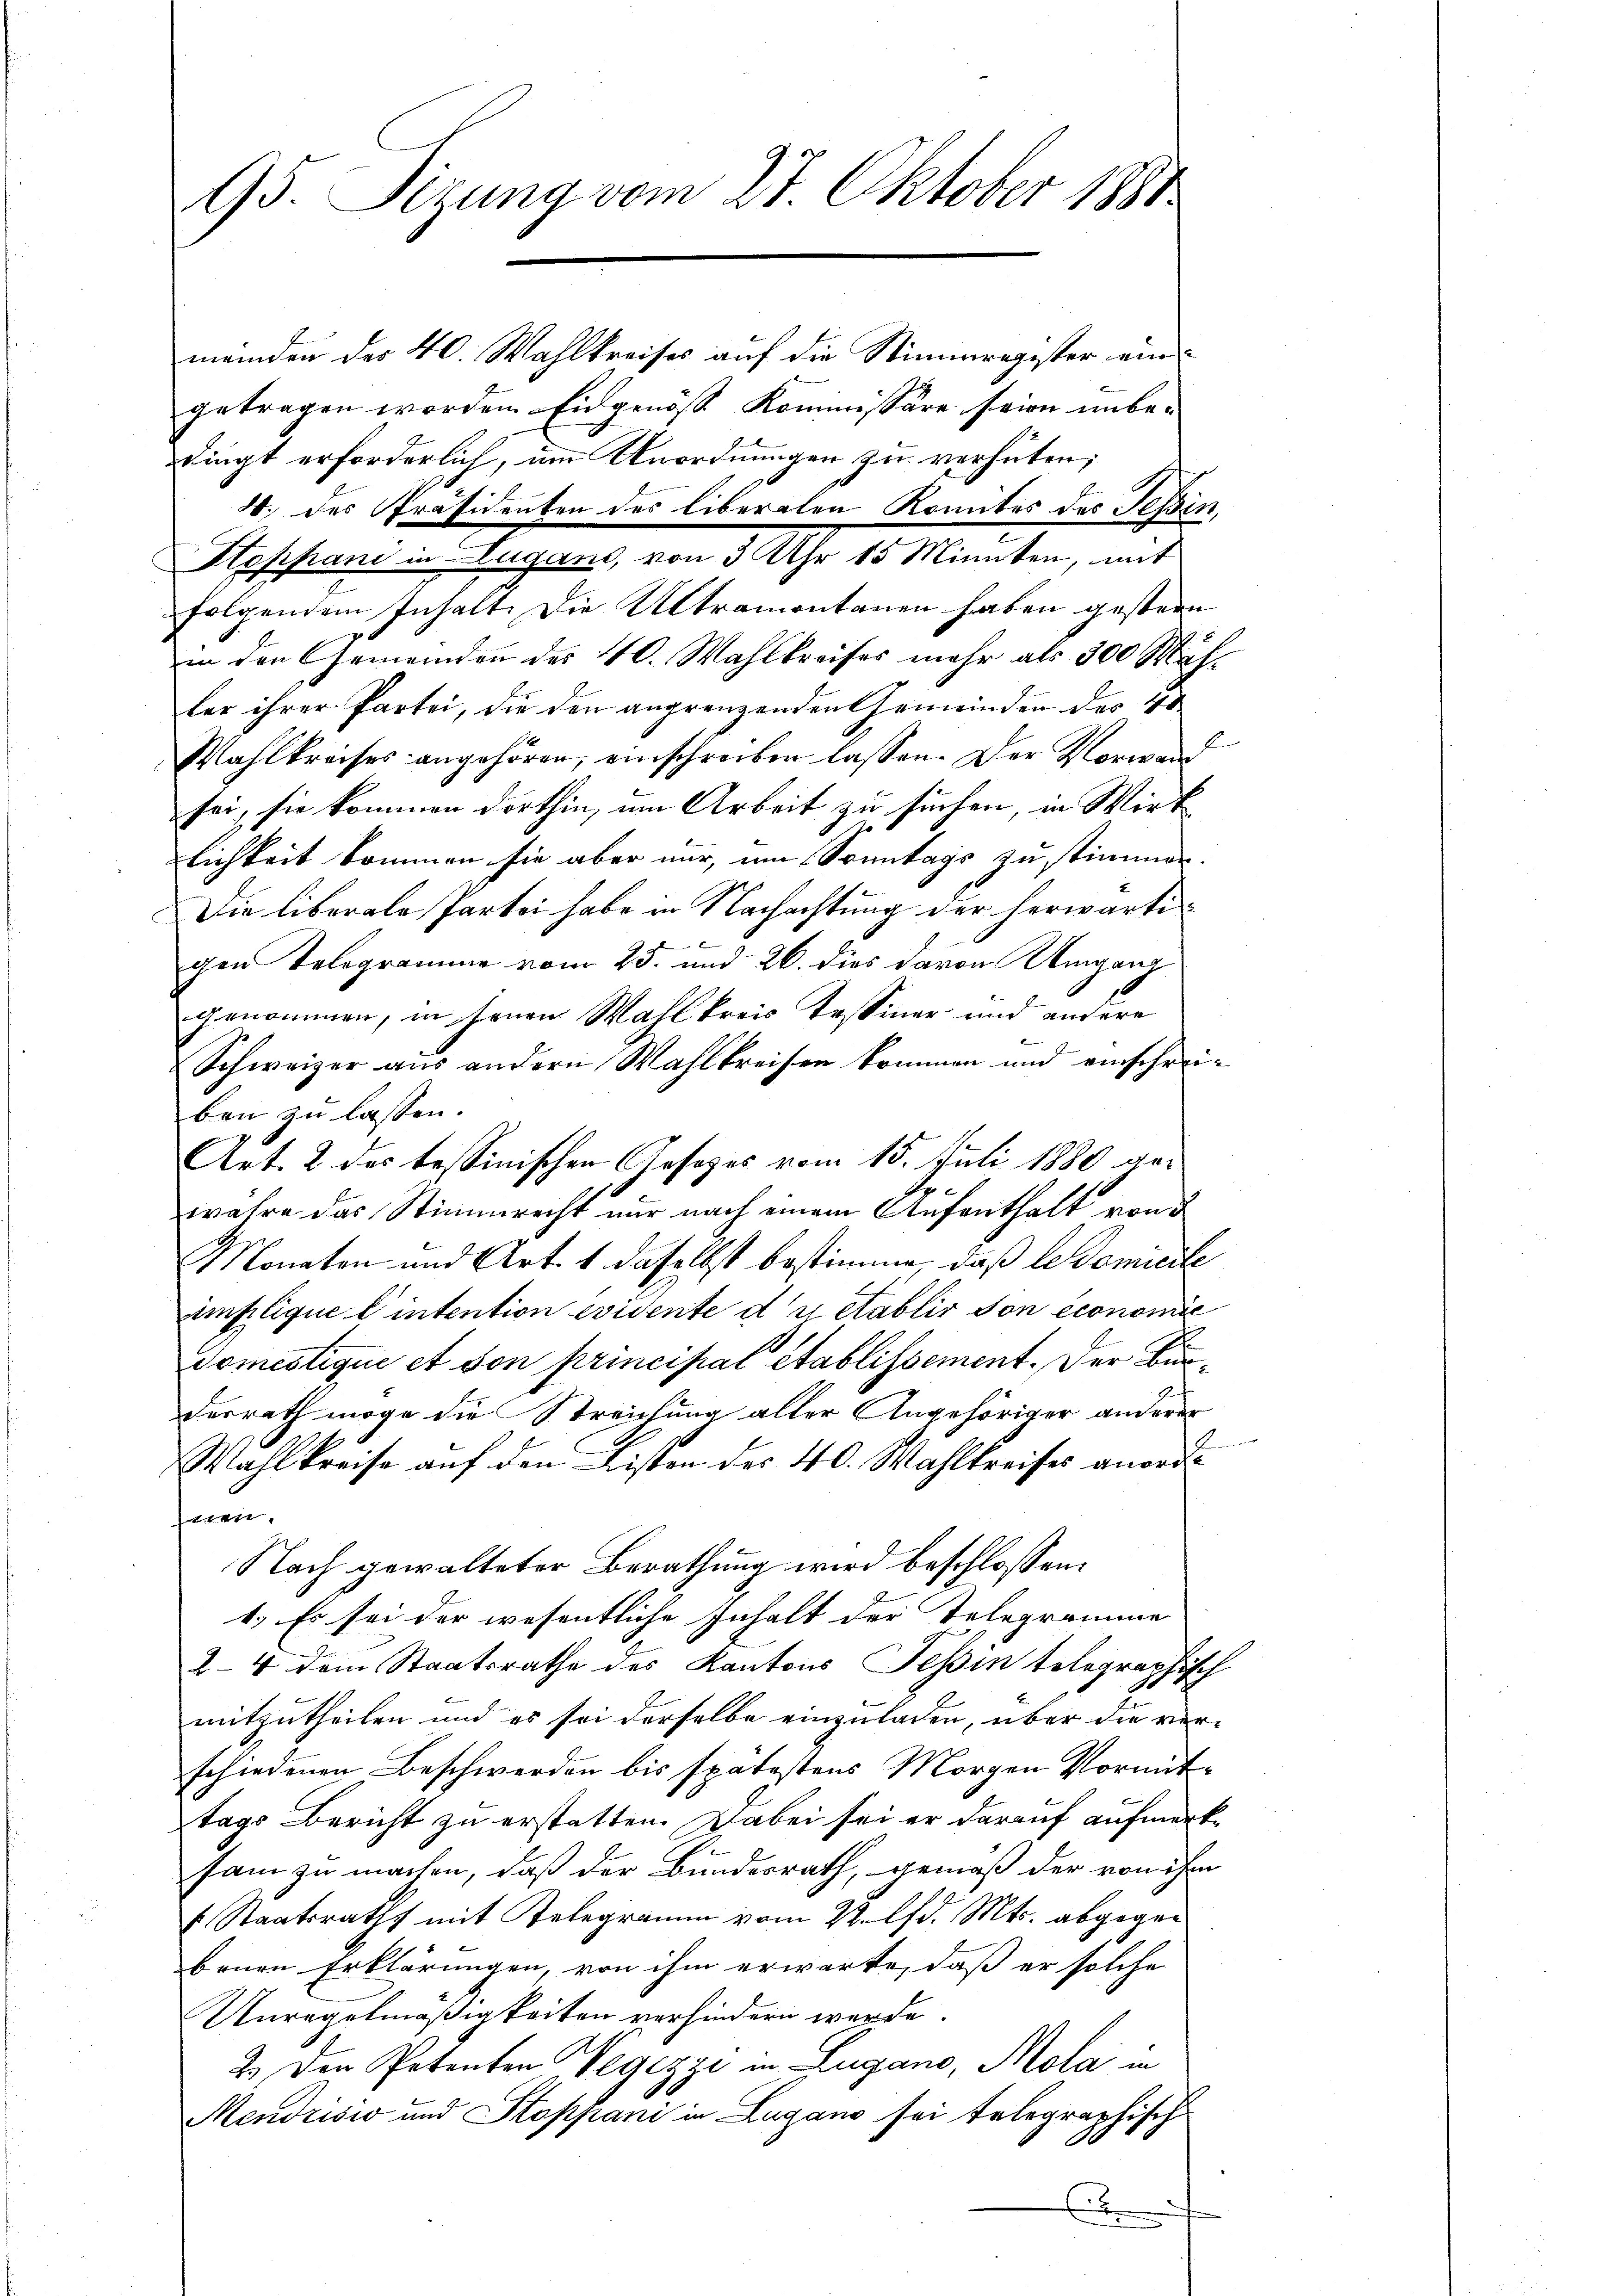
95. Sizung vom 27. Oktober 1881.

meinden der 40. Wahlkreises auf die Stimmregister eingetragen worden Eidgenöß Kommissäre seien unbedingt erforderlich, um Unordnungen zu verhüten;
4. des Präsidenten des liberalen Komites des Tessin,
Stoppani in Lugano, von 3 Uhr 15 Minuten, mit
folgendem Inhalt. Die Altramontanen haben gestern
in den Gemeinden des 40. Wahlkreises mehr als 300 Mähler ihrer Partei, die den angrenzenden Gemeinden der Ho
Wahlkreises angehören, einschreiben lassen. Der Vorwand
sei, sie kommen dorthin, um Arbeit zu suchen, in Wirk
lichkeit kommen sie aber nur, um Sonntags zu stimmen.
Die liberale Partei habe in Nachachtung der herwärti¬
6
gen Telegramme vom 25. und 26. dies davon Umgang
genommen, in jenen Wahlkreis Tessiner und andere
Schweizer aus andern Wahlkreisen kommen und einschreiben zu lassen.
Art. 2 des tessinischen Gesezes vom 15. Juli 1880 gewahre das Stimmrecht nur nach einem Aufenthalt von d
Monaten und Art. 1 daselbst bestimme, daß Adomicile
amplique l’intention evidente du etablir son économie
domestique et son principal établissement. Der Bunderrath möge die Streichung aller Angehöriger anderer
Wahlkreise auf den Listen des 40. Wahlkreises anordhnen.
Nach gewalteter Berathung wird beschlossen:
1.) Es sei der wesentliche Inhalt der Telegramme
2-4 dem Staatsrathe des Kantons Tessin telegraphisch
mitzutheilen und es sei derselbe einzuladen, über die verschiedenen Beschwerden bis spätestens Morgen Vormittags Bericht zu erstatten. Dabei sei er darauf aufmerksam zu machen, daß der Bundesrath, gemäß der von ihm
 Staatsraths mit Telegramm vom 22. lfd. Mts. abgegen
benen Erklärungen, von ihm erwarte, daß er solche
Unregelmäßigkeiten verhindern werde.
2.) Den Petenten Vegezzi in Lugano, Mola in
Mendrisis und Koppani in Lugano sei telegraphisch
x